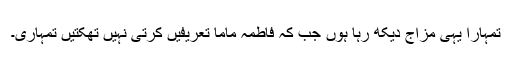
تمہارا یہی مزاج دیکھ رہا ہوں جب کہ فاطمہ ماما تعریفیں کرتی نہیں تھکتیں تمہاری۔